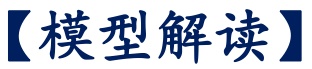
【模型解读】